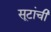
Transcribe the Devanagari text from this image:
सूटांची